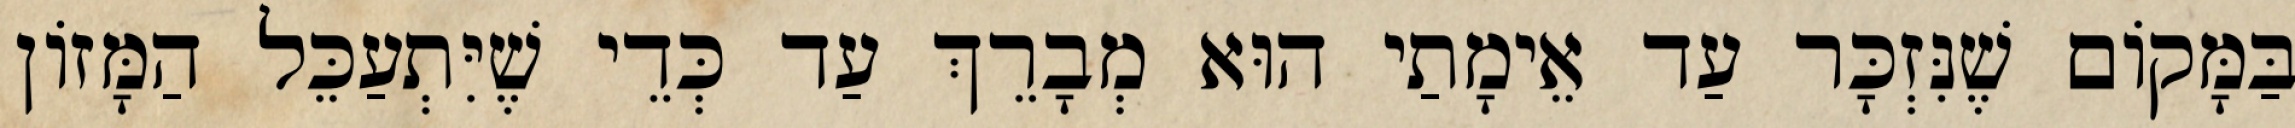
בַּמָּקוֹם שֶׁנִּזְכָּר עַד אֵימָתַי הוּא מְבָרֵךְ עַד כְּדֵי שֶׁיִּתְעַכֵּל הַמָּזוֹן